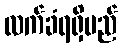
လက်ခံရရှိမည်